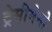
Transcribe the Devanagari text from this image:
ट्रेसीमेनो